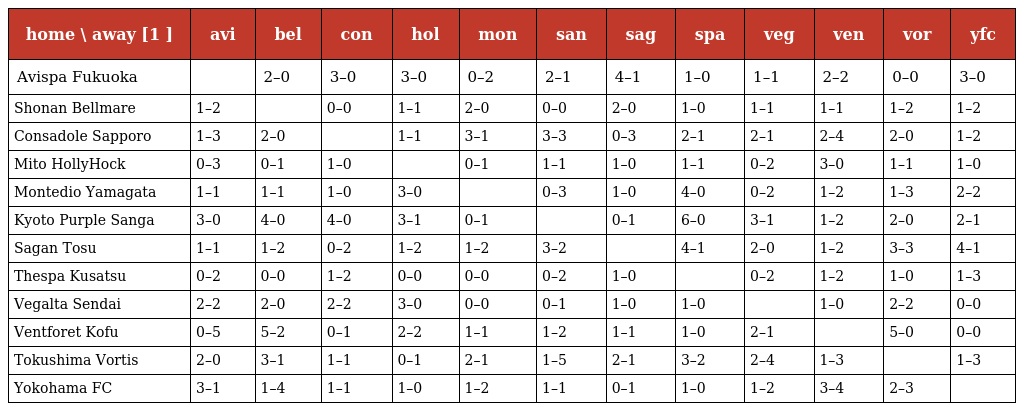
| home \ away [1 ] | avi | bel | con | hol | mon | san | sag | spa | veg | ven | vor | yfc |
 | --- | --- | --- | --- | --- | --- | --- | --- | --- | --- | --- | --- | --- |
 | Avispa Fukuoka |  | 2–0 | 3–0 | 3–0 | 0–2 | 2–1 | 4–1 | 1–0 | 1–1 | 2–2 | 0–0 | 3–0 |
 | Shonan Bellmare | 1–2 |  | 0–0 | 1–1 | 2–0 | 0–0 | 2–0 | 1–0 | 1–1 | 1–1 | 1–2 | 1–2 |
 | Consadole Sapporo | 1–3 | 2–0 |  | 1–1 | 3–1 | 3–3 | 0–3 | 2–1 | 2–1 | 2–4 | 2–0 | 1–2 |
 | Mito HollyHock | 0–3 | 0–1 | 1–0 |  | 0–1 | 1–1 | 1–0 | 1–1 | 0–2 | 3–0 | 1–1 | 1–0 |
 | Montedio Yamagata | 1–1 | 1–1 | 1–0 | 3–0 |  | 0–3 | 1–0 | 4–0 | 0–2 | 1–2 | 1–3 | 2–2 |
 | Kyoto Purple Sanga | 3–0 | 4–0 | 4–0 | 3–1 | 0–1 |  | 0–1 | 6–0 | 3–1 | 1–2 | 2–0 | 2–1 |
 | Sagan Tosu | 1–1 | 1–2 | 0–2 | 1–2 | 1–2 | 3–2 |  | 4–1 | 2–0 | 1–2 | 3–3 | 4–1 |
 | Thespa Kusatsu | 0–2 | 0–0 | 1–2 | 0–0 | 0–0 | 0–2 | 1–0 |  | 0–2 | 1–2 | 1–0 | 1–3 |
 | Vegalta Sendai | 2–2 | 2–0 | 2–2 | 3–0 | 0–0 | 0–1 | 1–0 | 1–0 |  | 1–0 | 2–2 | 0–0 |
 | Ventforet Kofu | 0–5 | 5–2 | 0–1 | 2–2 | 1–1 | 1–2 | 1–1 | 1–0 | 2–1 |  | 5–0 | 0–0 |
 | Tokushima Vortis | 2–0 | 3–1 | 1–1 | 0–1 | 2–1 | 1–5 | 2–1 | 3–2 | 2–4 | 1–3 |  | 1–3 |
 | Yokohama FC | 3–1 | 1–4 | 1–1 | 1–0 | 1–2 | 1–1 | 0–1 | 1–0 | 1–2 | 3–4 | 2–3 |  |